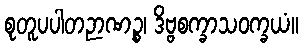
စုတူပပါတဉာဏဉ္စ၊ ဒိဗ္ဗစက္ခာသဝက္ခယံ။